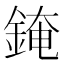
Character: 䤶